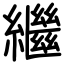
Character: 繼